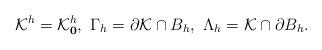
LaTeX: \begin{align*} \mathcal K^h=\mathcal K_{\mathbf 0}^h,\ \Gamma_h=\partial \mathcal K\cap B_h, \ \Lambda _h=\mathcal K\cap \partial B_h. \end{align*}